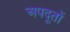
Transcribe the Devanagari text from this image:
अपदूतों